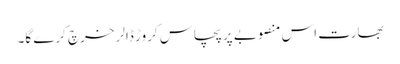
بھارت اس منصوبے پر پچاس کروڑ ڈالر خرچ کرے گا۔